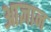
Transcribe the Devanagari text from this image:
आज्ञान